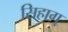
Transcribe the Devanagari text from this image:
सिहाग्